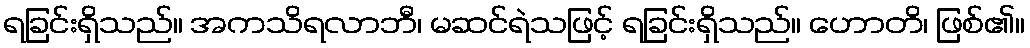
ရခြင်းရှိသည်။ အကသိရလာဘီ၊ မဆင်ရဲသဖြင့် ရခြင်းရှိသည်။ ဟောတိ၊ ဖြစ်၏။